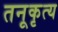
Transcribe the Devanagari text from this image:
तनूकृत्य